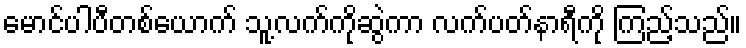
မောင်ပါပီတစ်ယောက် သူ့လက်ကိုဆွဲကာ လက်ပတ်နာရီကို ကြည့်သည်။